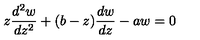
z \frac { d ^ { 2 } w } { d z ^ { 2 } } + ( b - z ) \frac { d w } { d z } - a w = 0